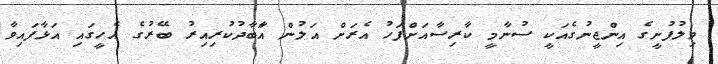
ވިލުފުށީގެ އިންޖީނުގެއަކީ ސުނާމީ ކާރިސާއަށްފަހު އެރަށް އަލުން އަާބާދުކުރިއިރު ބޭރުގެ އެހީގައި އަޅާފައިވާ